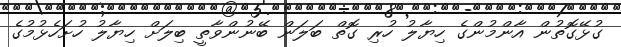
ގުޅޭގޮތުން އާންމުންގެ ހިޔާލު ހުރި ގޮތް ބަލަން ބޭނުންވާތީ ބިލަށް ހިޔާލު ހުށަހެޅުމުގެ